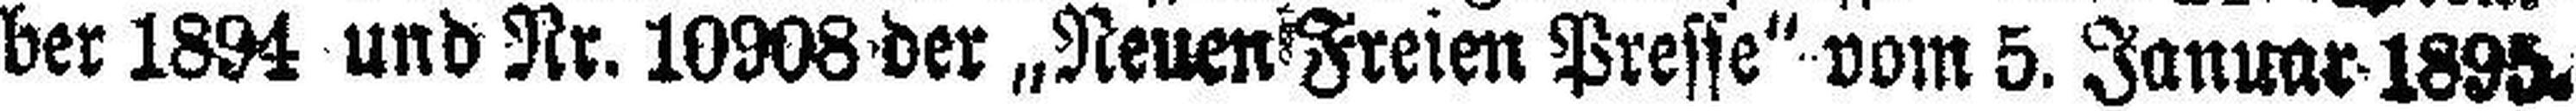
ber 1894 und Nr. 10908 der „Neuen Freien Presse“ vom 5. Januar 1895.